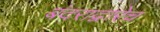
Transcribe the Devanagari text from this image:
बंदराद्वारेच